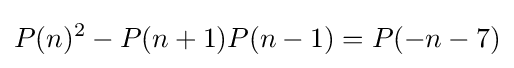
P(n)^{2}-P(n+1)P(n-1)=P(-n-7)